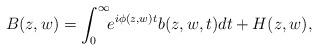
LaTeX: \begin{align*}B(z, w)=\int^\infty_0\!\!e^{i\phi(z, w)t}b(z, w, t)dt+H(z,w),\end{align*}